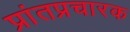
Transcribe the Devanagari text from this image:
प्रांतप्रचारक